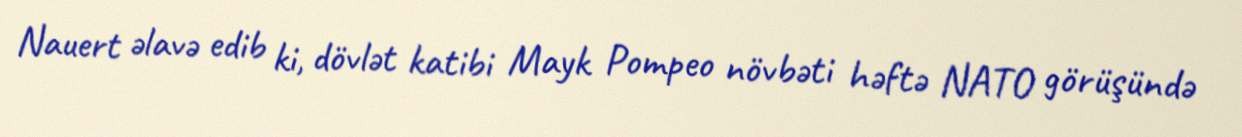
Nauert əlavə edib ki, dövlət katibi Mayk Pompeo növbəti həftə NATO görüşündə